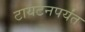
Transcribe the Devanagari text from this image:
टायटनपर्यंत